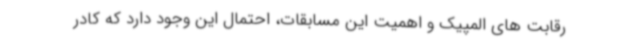
رقابت های المپیک و اهمیت این مسابقات، احتمال این وجود دارد که کادر